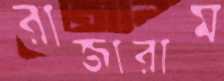
রাজারাম